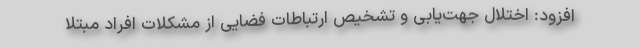
افزود: اختلال جهت‌یابی و تشخیص ارتباطات فضایی از مشکلات افراد مبتلا